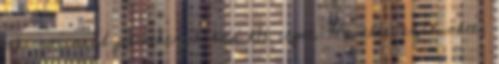
aki roninnal jelentkezik kap két ilyet. Ha elnevezik őket,